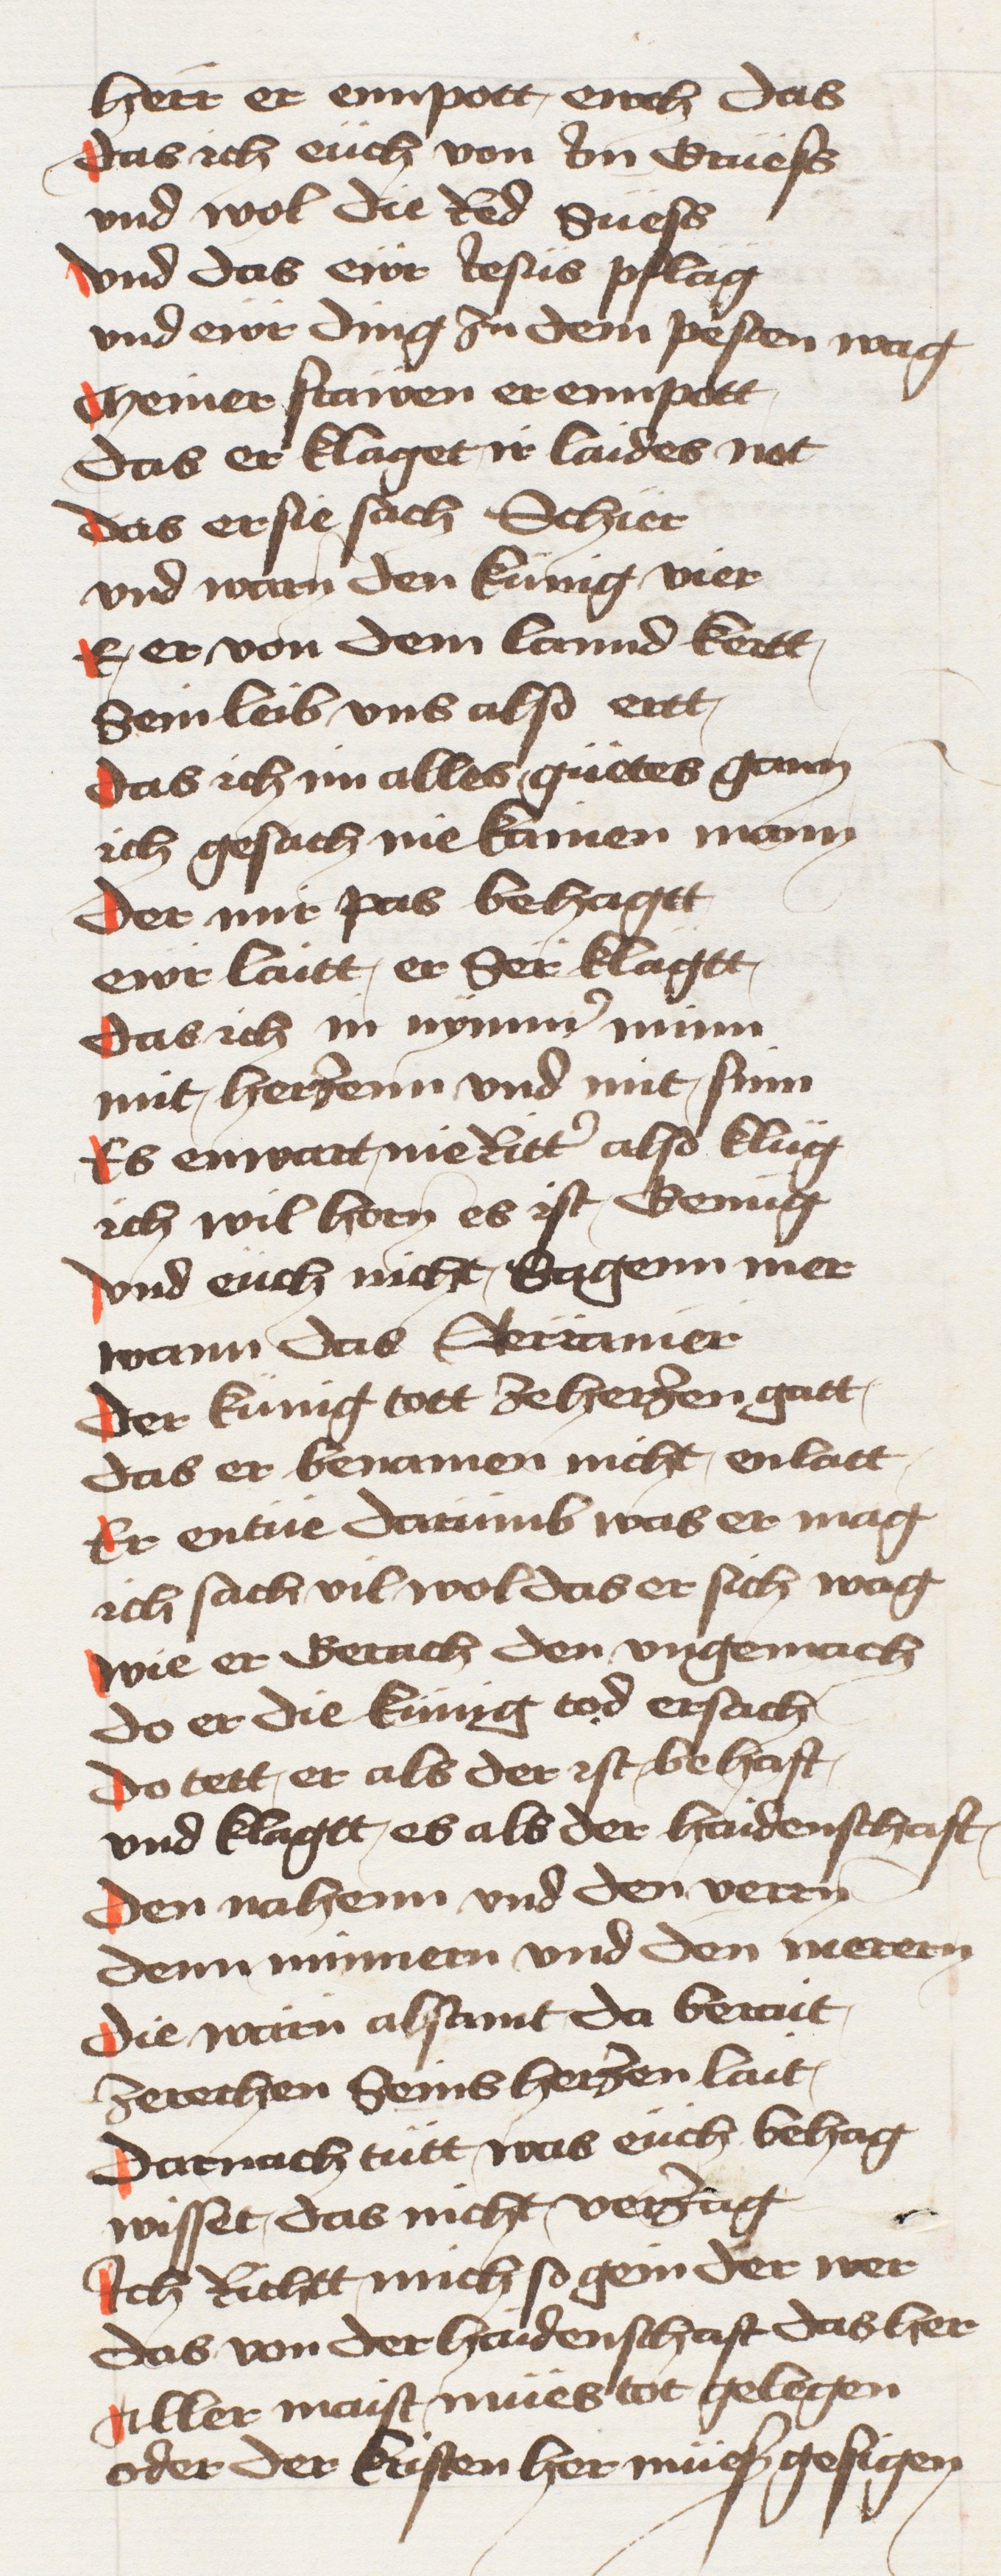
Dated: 1433–1466